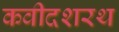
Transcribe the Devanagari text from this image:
कवीदशरथ